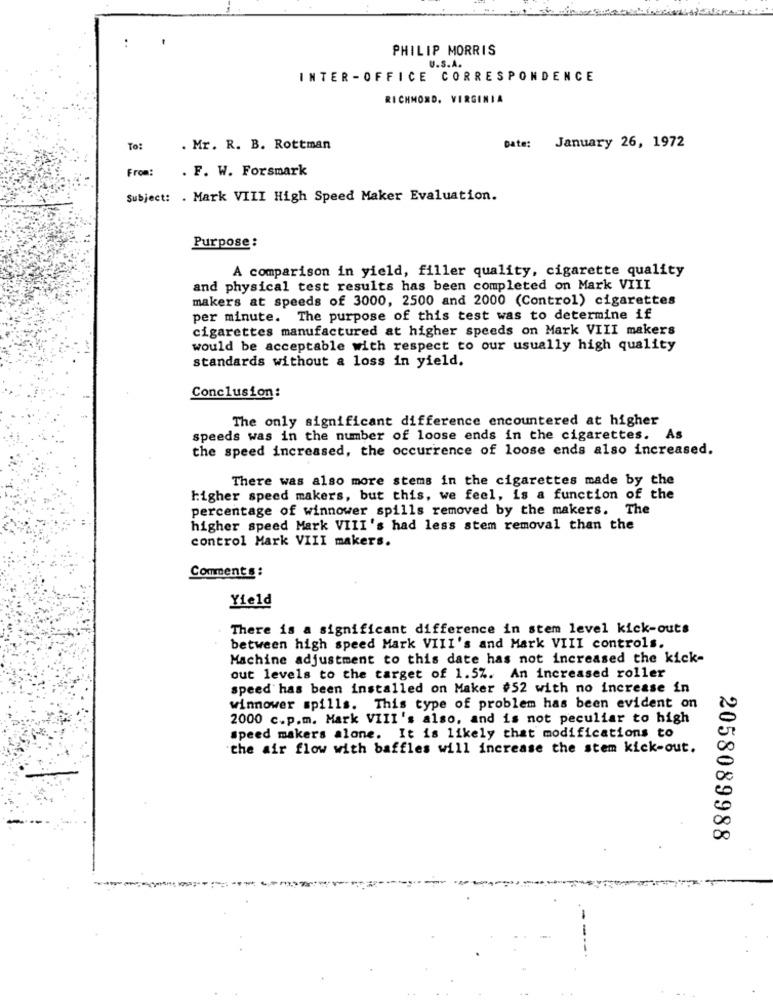
:
PHILIP MORRIS
U.S.A.
INTER -OFFICE CORRESPONDENCE
RICHMOND, VIRGINIA
To:
. Mr. R. B. Rottman
Date: January 26, 1972
From:
. F. W. Forsmark
Subject: . Mark VIII High Speed Maker Evaluation.
Purpose:
A comparison in yield, filler quality, cigarette quality
and physical test results has been completed on Mark VIII
makers at speeds of 3000, 2500 and 2000 (Control) cigarettes
per minute. The purpose of this test was to determine if
cigarettes manufactured at higher speeds on Mark VIII makers
would be acceptable with respect to our usually high quality
standards without a loss in yield.
Conclusion:
The only significant difference encountered at higher
speeds was in the number of loose ends in the cigarettes.
As
the speed increased, the occurrence of loose ends also increased.
There was also more stems in the cigarettes made by the
higher speed makers, but this, we feel, is a function of the
percentage of winnower spills removed by the makers. The
higher speed Mark VIII's had less stem removal than the
control Mark VIII makers.
Comments :
Yield
There is a significant difference in stem level kick-outs
between high speed Mark VIII's and Mark VIII controls.
Machine adjustment to this date has not increased the kick-
out levels to the target of 1.5%. An increased roller
speed has been installed on Maker #52 with no increase in
winnower spills. This type of problem has been evident on
2000 c.p.m. Mark VIII's also, and is not peculiar to high
speed makers alone. It is likely that modifications to
"the air flow with baffles will increase the stem kick-out.
2058089988